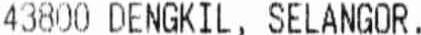
43800 DENGKIL, SELANGOR.